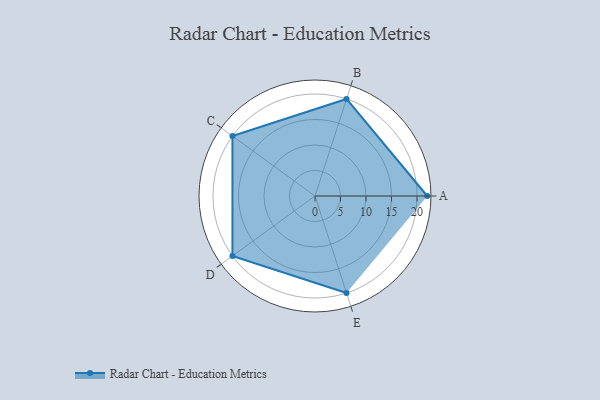
{"axis": {"x": "Skill", "y": "Score"}, "legend": ["Profile"], "data": [{"x": "A", "y": 22.0, "type": "Profile"}, {"x": "B", "y": 20.0, "type": "Profile"}, {"x": "C", "y": 20, "type": "Profile"}, {"x": "D", "y": 20, "type": "Profile"}, {"x": "E", "y": 20, "type": "Profile"}]}